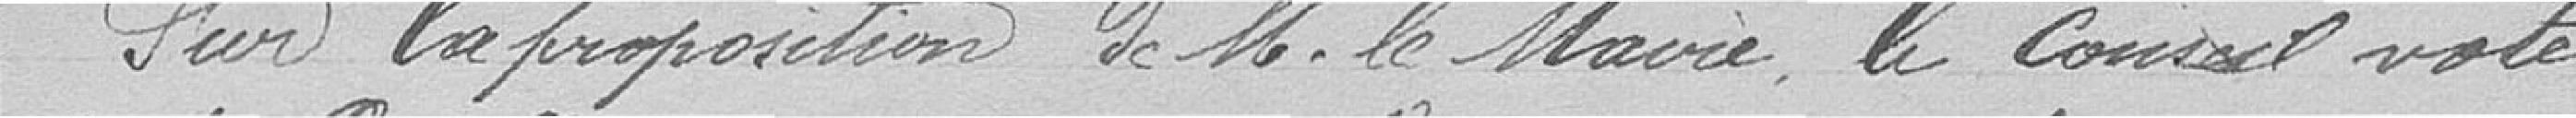
Sur la proposition de monsieur le Maire, le Conseil vote